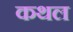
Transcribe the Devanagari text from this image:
कथल